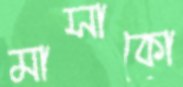
মাসাকো